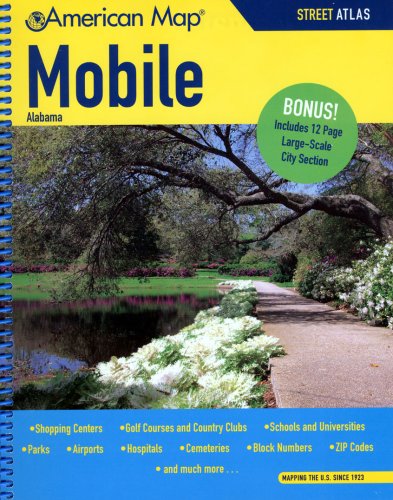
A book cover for American Map Mobile, Al Atlas; Travel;